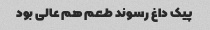
پیک داغ رسوند طعم هم عالی بود